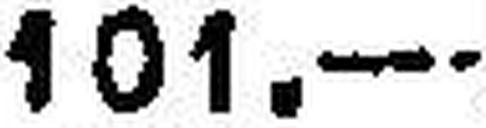
101.—